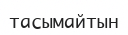
тасымайтын